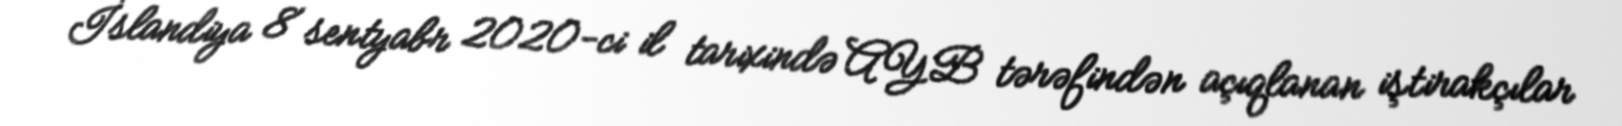
İslandiya 8 sentyabr 2020-ci il tarixində AYB tərəfindən açıqlanan iştirakçılar